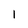
Character: l